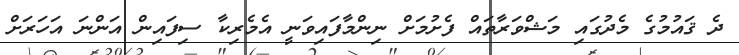
ދެ ޤައުމުގެ މެދުގައި މަޝްވަރާތައް ފެށުމަށް ނިންމާފައިވަނީ އެމެރިކާ ސިފައިން އަންނަ އަހަރަށް